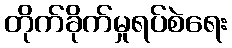
တိုက်ခိုက်မှုရပ်စဲရေး